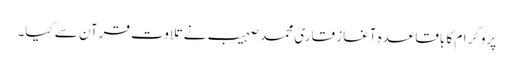
پروگرام کا باقاعدہ آغاز قاری محمد صہیب نے تلاوت قرآن سے کیا۔